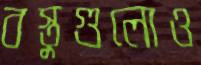
বস্তুগুলোও